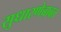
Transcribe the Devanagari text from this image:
सुधारणेबाबत